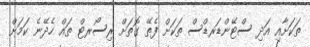
ތަކަށާއި އަދި ސްޓޭންޑަރޑްސް ތަކަށް ފެތޭ ގޮތަށް ރިސޯރޓް ތައް ހެދޭނެ ކަމަށް